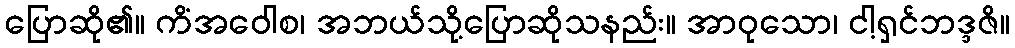
ပြောဆို၏။ ကိံအဝေါစ၊ အဘယ်သို့ပြောဆိုသနည်း။ အာဝုသော၊ ငါ့ရှင်ဘဒ္ဒဇိ။